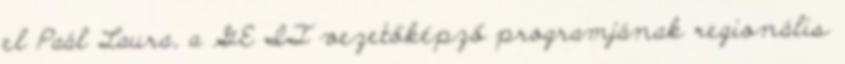
el Paál Laura, a GE IT vezetőképző programjának regionális